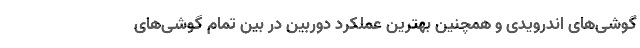
گوشی‌های اندرویدی و همچنین بهترین عملکرد دوربین در بین تمام گوشی‌های